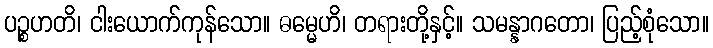
ပဉ္စဟတိ၊ ငါးယောက်ကုန်သော။ ဓမ္မေဟိ၊ တရားတို့နှင့်။ သမန္နာဂတော၊ ပြည့်စုံသော။